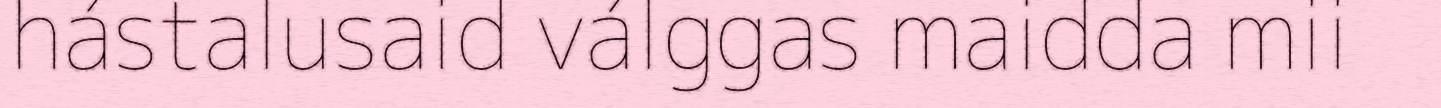
hástalusaid válggas maidda mii